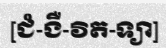
[ជំ-ងឺ-វិត-ទ្យា]